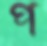
প